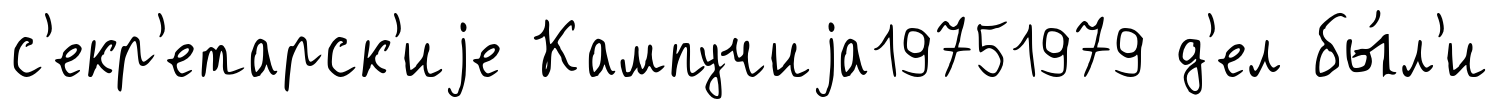
с'екр'етарск'иjе Кампучиjа19751979 д'ел бы́л'и